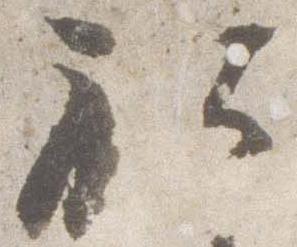
社